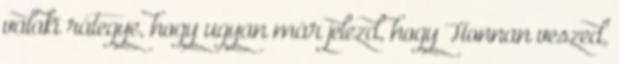
valaki rátegye, hogy ugyan már jelezd, hogy Honnan veszed,